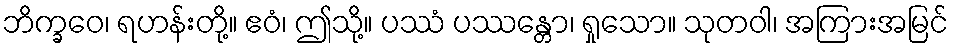
ဘိက္ခဝေ၊ ရဟန်းတို့။ ဧဝံ၊ ဤသို့။ ပဿံ ပဿန္တော၊ ရှုသော။ သုတဝါ၊ အကြားအမြင်